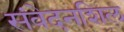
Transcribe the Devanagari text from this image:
संवेदनशिल